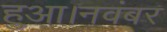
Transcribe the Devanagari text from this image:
हुआ।नवंबर